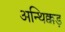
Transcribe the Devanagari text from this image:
अन्थिक्कड़